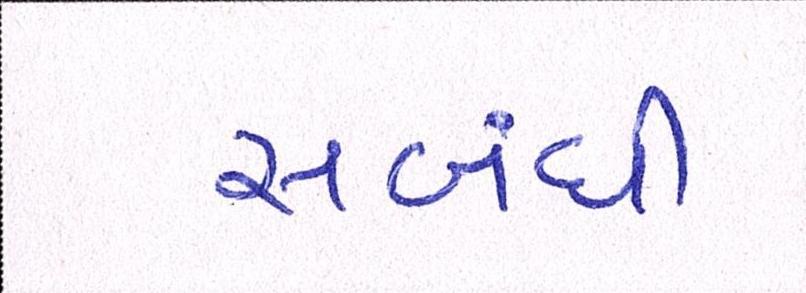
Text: સબંધી